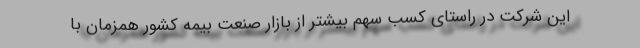
این شرکت در راستای کسب سهم بیشتر از بازار صنعت بیمه کشور همزمان با